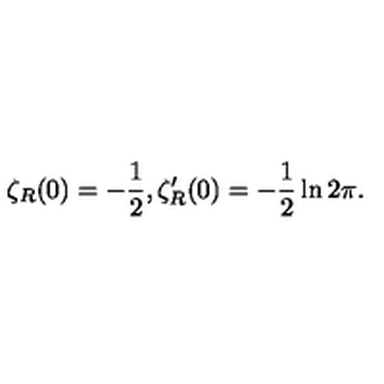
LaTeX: \zeta _ { R } ( 0 ) = - \frac { 1 } { 2 } , \zeta _ { R } ^ { \prime } ( 0 ) = - \frac { 1 } { 2 } \ln 2 \pi .